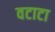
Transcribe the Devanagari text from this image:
वटाटा